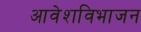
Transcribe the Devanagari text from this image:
आवेशविभाजन